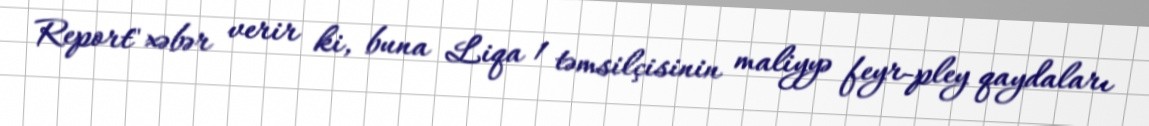
Report" xəbər verir ki, buna Liqa 1 təmsilçisinin maliyyə feyr-pley qaydaları